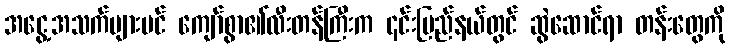
အငွေ့အသက်များပင် ကျော်စွာ၏လီးတန်ကြီးက ၎င်းပြည်နယ်တွင် ဆွဲဆောင်ရာ တန်းတွေကို